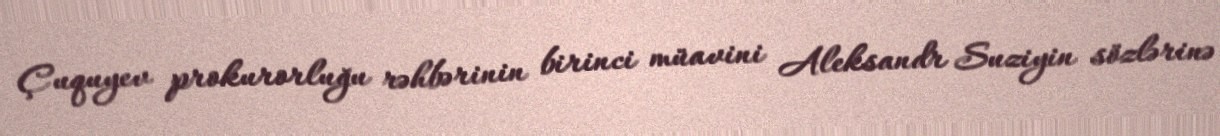
Çuquyev prokurorluğu rəhbərinin birinci müavini Aleksandr Suziyin sözlərinə